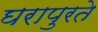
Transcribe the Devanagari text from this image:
घरापुरते